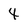
Character: 4